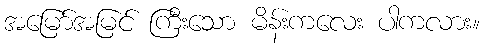
အမြော်အမြင် ကြီးသော မိန်းကလေး ပါကလား။